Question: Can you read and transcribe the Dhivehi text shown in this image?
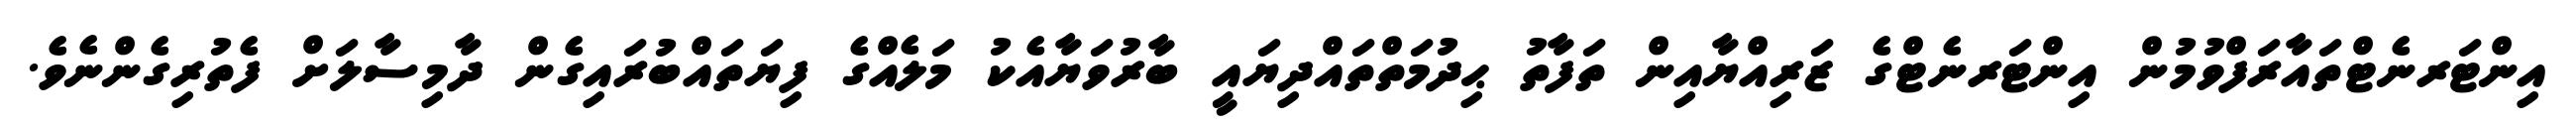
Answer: އިންޓަރނެޓްތައާރަފްވުމުން އިންޓަރނެޓްގެ ޒަރިއްޔާއިން ތަފާތު ޙިދުމަތްތައްދިޔައީ ބާރުވަޔާއެކު މަލެއްގެ ފިޔަތައްބުރައިގެން ދާމިސާލަށް ފެތުރިގެންނެވެ.